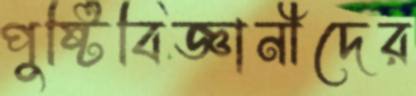
পুষ্টিবিজ্ঞানীদের